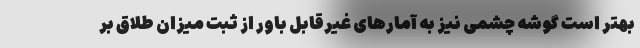
بهتر است گوشه چشمی نیز به آمارهای غیرقابل باور از ثبت میزان طلاق بر